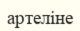
артеліне